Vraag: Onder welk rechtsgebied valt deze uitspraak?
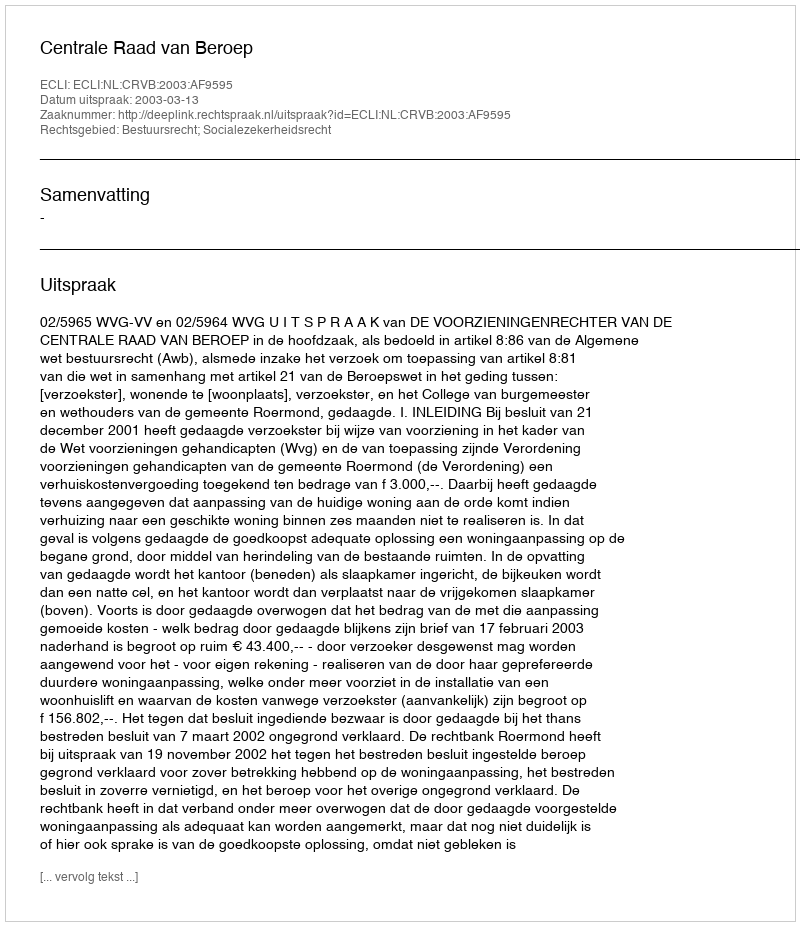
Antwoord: Bestuursrecht; Socialezekerheidsrecht